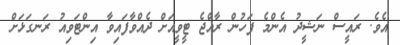
އެވެ. ރައީސް ނަޝީދު އެންމެ ފަހުން ރާއްޖެ ޓީވީއަށް ދެއްވާފައިވާ އިންޓަވިއު ރަނގަޅަށް